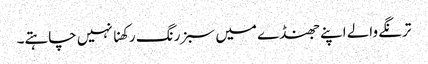
ترنگے والے اپنے جھنڈے میں سبز رنگ رکھنا نہیں چاہتے۔